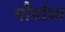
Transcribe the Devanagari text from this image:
मौर्याचा